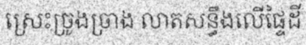
ស្រេះច្រូងច្រាង លាតសន្ធឹងលើផ្ទៃដី